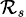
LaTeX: \scriptstyle{\mathcal{R}_{s}}